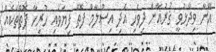
އޭނާ ވިދާޅުވީ ޤުރުއާން ދިވެހި އަދި އިސްލާމް ފޮތް ފިޔަވައި ހުރިހާ ފޮތްތަކެއް